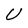
Character: U